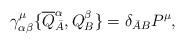
LaTeX: \begin{align*}\gamma_{\alpha\beta}^\mu\{\overline Q_{\bar A}^\alpha,Q_B^\beta\} = \delta_{\bar AB}P^\mu, \end{align*}